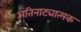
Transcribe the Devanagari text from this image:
अतिनाट्यात्मक